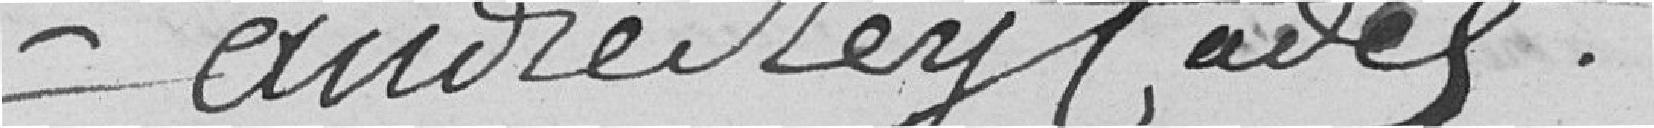
André Rey Cadel